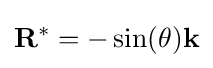
\mathbf {R} ^{*}=-\sin(\theta )\mathbf {k}